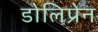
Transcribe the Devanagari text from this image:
डोलिप्रेन